Lunatic asylums Madras 1892-1911 - 1892-1911
Year: 1892
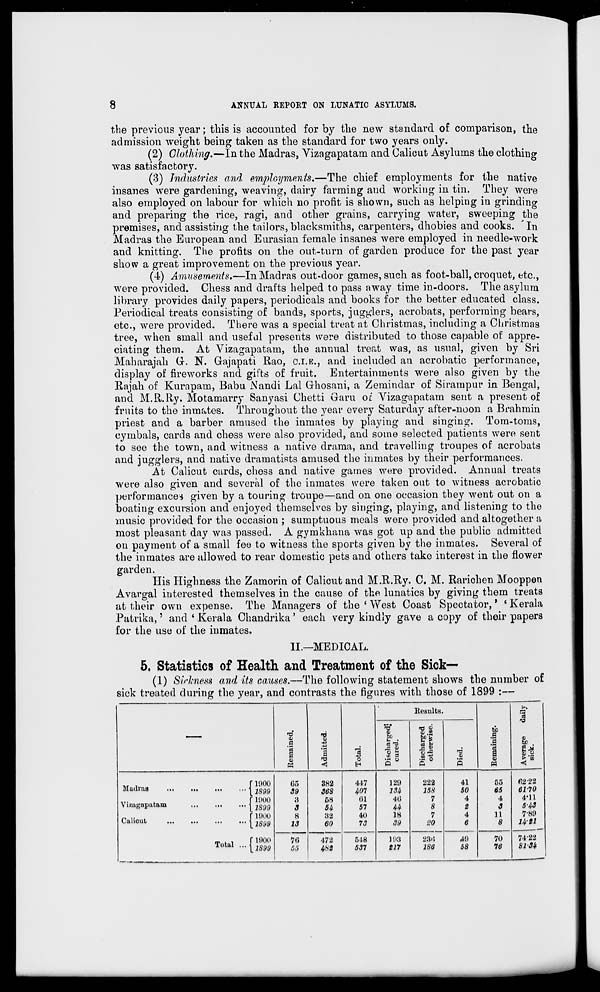
8
ANNUAL REPORT ON LUNATIC ASYLUMS.
the previous year; this is accounted for by the new standard of comparison, the
admission weight being taken as the standard for two years only.
(2) Clothing.—In the Madras, Vizagapatam and Calicut Asylums the clothino-
was satisfactory.
(3) Industries and employments.—The chief employments for the native
insanes were gardening, weaving, dairy farming and working in tin. They were
also employed on labour for which no profit is shown, such as helping in grinding
and preparing the rice, ragi, and other grains, carrying w r ater, sweeping the
premises, and assisting the tailors, blacksmiths, carpenters, dhobies and cooks. 'In
Madras the European and Eurasian female insanes were employed in needle-work
and knitting. The profits on the out-turn of garden produce for the past year
show a great improvement on the previous year.
(4) Amusements,—In Madras out-door games, sucli as foot-ball, croquet, etc.,
were provided. Chess and drafts helped to pass away time in-doors. The asylum
library provides daily papers, periodicals and books for the better educated class.
Periodical treats consisting of bands, sports, jugglers, acrobats, performing bears,
etc., were provided. There was a special treat at Christmas, including a Christmas
tree, when small and useful presents were distributed to those capable of appre-
ciating them. At Vizagapatam, the annual treat was, as usual, given by Sri
Maharajah Gr. N. Gajapati Rao, O.I.B., and included an acrobatic performance,
display of fireworks and gifts of fruit. Entertainments were also given by the
Rajah of Kurapam, Babu Nandi Lai Grhosani, a Zemindar of Sirampur in Bengal,
and M.R.Ry. Motamarry Sanyasi Chetti Garu or Vizagapatam sent a present of
fruits to the inmates. Throughout the year every Saturday after-noon a Brahmin
priest and a barber amused the inmates by playing and singing. Tom-toms,
cymbals, cards and chess were also provided, and some selected patients were sent
to see the town, and witness a native drama, and travelling troupes of acrobats
and jugglers, and native dramatists amused the inmates by their performances.
At Calicut cards, chess and native games were provided. Annual treats
were also given and several of the inmates were taken out to witness acrobatic
performances given by a touring troupe—and on one occasion they went out on a
boating excursion and enjoyed themselves by singing, playing, and listening to the
music provided for the occasion ; sumptuous meals were provided and altogether a
most pleasant day was passed. A gymkhana was got up and the public admitted
on payment of a small fee to witness the sports given by the inmates. Several of
the inmates are allowed to rear domestic pets and others take interest in the flower
garden.
His Highness the Zamorin of Calicut and M.R.Ry. C. M. Rarichen Mooppen
Avargal interested themselves in the cause of the lunatics by giving them treats
at their own expense. The Managers of the ' West Coast Spectator,' * Kerala
Patrika,' and ' Kerala Chandrika' each very kindly gave a copy of their papers
for the use of the inmates.
II.—MEDICAL.
5. Statistics of Health and Treatment of the Sick—»
(1) Sickness and its causes.—The following statement shows the number of
sick treated during the year, and contrasts the figures with those of 1899 :—
13
no
111
V
|
J9
3
1
§
0)
■X3
«
<
1 o
Results.
n3
9
Bo
>- •
S3
j B
T3
0)
£
'3
1 o
o
bo
B .y
K 'S
Muilma
Vizutfaputam
Caliout
.
Total
r looo
u:>
382
1S99
39
36S
r 1900
a
58
1S99
s
54
r looo
s
88
[lS99
13
60
riooo
[1S99
70
472
55
4*2
4+7
407
(il
57
40
73
518
537
129
134
40
44
18
39
108
£17
222
41
55
15S
50
65
7
4
4
8
2
3
7
4
11
i>0
6
8
2:10
49
70
186
58
76
P.2-22
6170
4'11
5-43
7-89
1411
74-22
81-34